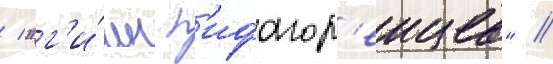
/ "г'и́мн п'ифагор'еицев" //